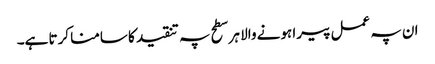
ان پہ عمل پیرا ہونے والا ہر سطح پہ تنقید کا سامنا کرتا ہے۔